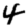
Digit: 4